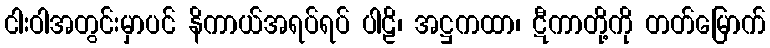
ငါးဝါအတွင်းမှာပင် နိကာယ်အရပ်ရပ် ပါဠိ၊ အဋ္ဌကထာ၊ ဋီကာတို့ကို တတ်မြောက်